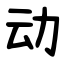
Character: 动